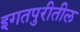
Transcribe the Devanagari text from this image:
इगतपुरीतील